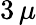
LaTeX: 3\, \mu